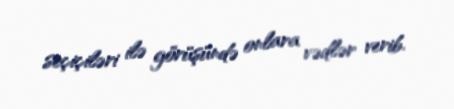
seçiçiləri ilə görüşündə onlara vədlər verib.